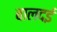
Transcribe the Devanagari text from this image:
बालदई